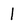
Character: l